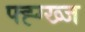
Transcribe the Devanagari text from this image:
फ्ह्ग्ख्ज